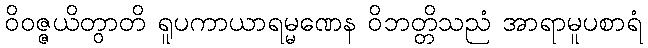
ဝိဝဇ္ဇယိတွာတိ ရူပကာယာရမ္မဏေန ဝိဘတ္တိသညံ အာရာမူပစာရံ